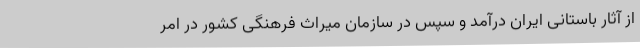
از آثار باستانی ایران درآمد و سپس در سازمان میراث فرهنگی کشور در امر